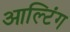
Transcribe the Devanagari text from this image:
आल्टिंग